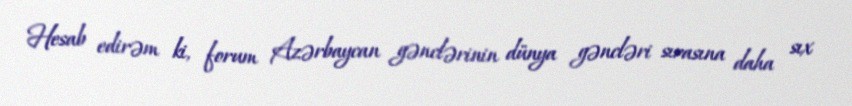
Hesab edirəm ki, forum Azərbaycan gənclərinin dünya gəncləri sırasına daha sıx